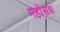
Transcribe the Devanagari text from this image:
महोसध